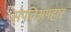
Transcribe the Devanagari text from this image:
संपतिअपहार